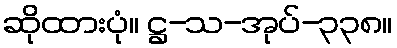
ဆိုထားပုံ။ ဋ္ဌ-သ-အုပ်-၃၃၈။